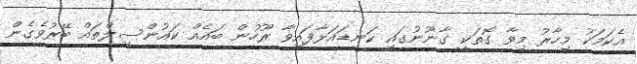
އެކަމަކު މިހާރު މިވާ ގޮތަކީ ގާނޫނުގައި ކަނޑައަޅާފައިވާ ރޫހުން ބައެއް ކައުންސިލްތައް ބޭރުވެގެން